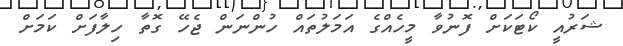
ޝަރުއީ ކޯޓަކަށް ފޮނުވާ މީހެއްގެ އަމަލުތައް ހުންނަން ޖެހޭ ގޮތާ ހިލާފަށް ކަމަށް